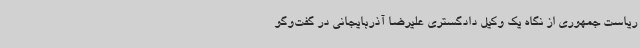
ریاست جمهوری از نگاه یک وکیل دادگستری علیرضا آذربایجانی در گفت‌وگو